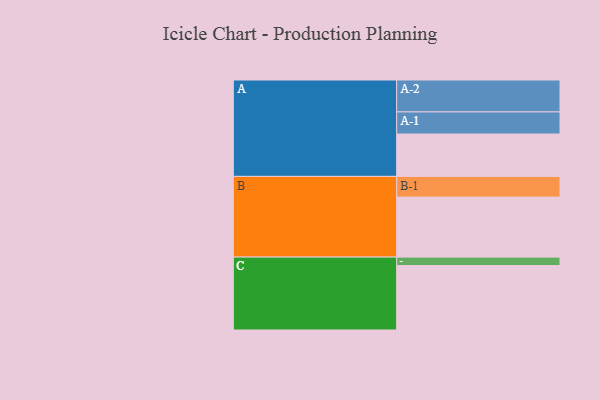
{"axis": {"x": "Segment", "y": "Value"}, "legend": ["", "A", "B", "C"], "data": [{"x": "A", "y": 332, "type": ""}, {"x": "B", "y": 470, "type": ""}, {"x": "C", "y": 505, "type": ""}, {"x": "A-1", "y": 173, "type": "A"}, {"x": "A-2", "y": 250, "type": "A"}, {"x": "B-1", "y": 162, "type": "B"}, {"x": "C-1", "y": 66, "type": "C"}]}